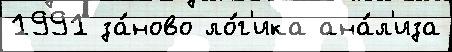
1991 за́ново ло́г'ика ана́л'иза